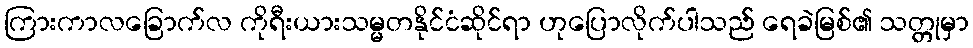
ကြားကာလခြောက်လ ကိုရီးယားသမ္မတနိုင်ငံဆိုင်ရာ ဟုပြောလိုက်ပါသည် ရေခဲမြစ်၏ သတ္တုမှာ